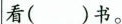
看( )书。